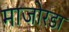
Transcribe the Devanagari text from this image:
माजोरडा